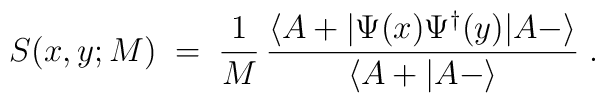
S(x,y; M) \;=\;\frac{1}{M} \, \frac{\langle A + | \Psi (x) \Psi^\dagger (y)| A - \rangle}{\langle A + | A - \rangle} \;.